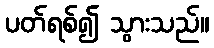
ပတ်ရစ်၍ သွားသည်။